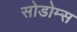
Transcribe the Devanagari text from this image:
सोडोम्स